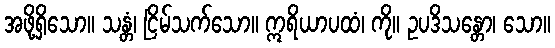
အဖို့ရှိသော။ သန္တံ၊ ငြိမ်သက်သော။ ဣရိယာပထံ၊ ကို။ ဥပဒိသန္တော၊ သော။